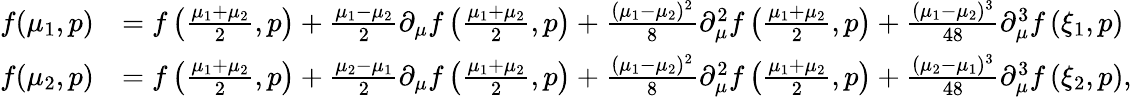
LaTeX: \begin{array}{rl}{f(\mu_{1},p)}&{=f\left(\frac{\mu_{1}+\mu_{2}}{2},p\right)+\frac{\mu_{1}-\mu_{2}}{2}\partial_{\mu}f\left(\frac{\mu_{1}+\mu_{2}}{2},p\right)+\frac{(\mu_{1}-\mu_{2})^{2}}{8}\partial_{\mu}^{2}f\left(\frac{\mu_{1}+\mu_{2}}{2},p\right)+\frac{(\mu_{1}-\mu_{2})^{3}}{48}\partial_{\mu}^{3}f\left(\xi_{1},p\right)}\\ {f(\mu_{2},p)}&{=f\left(\frac{\mu_{1}+\mu_{2}}{2},p\right)+\frac{\mu_{2}-\mu_{1}}{2}\partial_{\mu}f\left(\frac{\mu_{1}+\mu_{2}}{2},p\right)+\frac{(\mu_{1}-\mu_{2})^{2}}{8}\partial_{\mu}^{2}f\left(\frac{\mu_{1}+\mu_{2}}{2},p\right)+\frac{(\mu_{2}-\mu_{1})^{3}}{48}\partial_{\mu}^{3}f\left(\xi_{2},p\right),}\end{array}